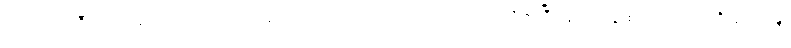
မင်းသားကြီး ဘာဂရေးရှင်က အောင်မြင်ပြတ်သား သော အသံဖြင့် အော်လိုက်ပြီး ရှေ့တန်းစစ်ကြောင်းကို ခေတ္တမျှ